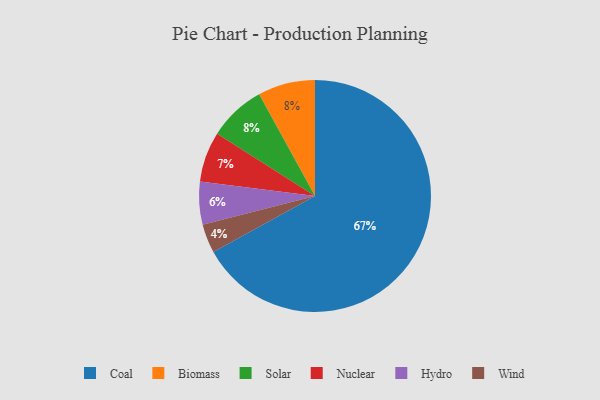
{"axis": {"x": "Category", "y": "Percentage"}, "legend": ["Biomass", "Coal", "Hydro", "Nuclear", "Solar", "Wind"], "data": [{"x": "Hydro", "y": 6, "type": "Hydro"}, {"x": "Nuclear", "y": 7, "type": "Nuclear"}, {"x": "Wind", "y": 4, "type": "Wind"}, {"x": "Biomass", "y": 8, "type": "Biomass"}, {"x": "Coal", "y": 67, "type": "Coal"}, {"x": "Solar", "y": 8, "type": "Solar"}]}